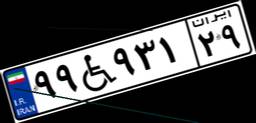
۸۶W۳۴۰۴۹